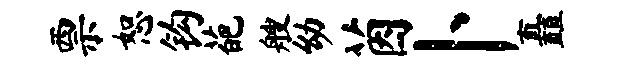
票恕钩葩艘幼茵卜矗